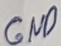
Text: GND